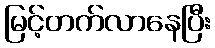
မြင့်တက်လာနေပြီး